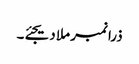
ذرا نمبر ملا دیجئے۔